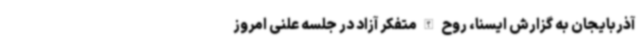
آذربایجان به گزارش ایسنا، روح الله متفکر آزاد در جلسه علنی امروز